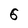
Character: 6